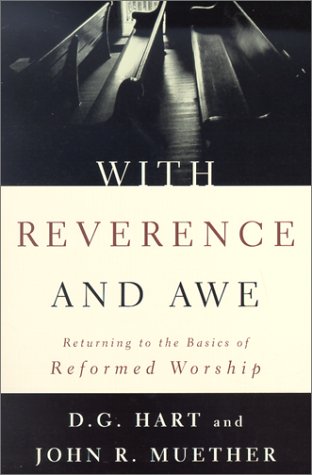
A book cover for With Reverence and Awe: Returning to the Basics of Reformed Worship; D. G. Hart; Christian Books & Bibles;